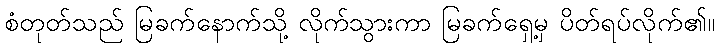
စံတုတ်သည် မြခက်နောက်သို့ လိုက်သွားကာ မြခက်ရှေ့မှ ပိတ်ရပ်လိုက်၏။